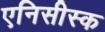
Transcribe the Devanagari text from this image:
एनिसीस्क